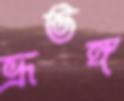
ভ্রূভঙ্গ